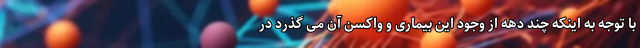
با توجه به اینکه چند دهه از وجود این بیماری و واکسن آن می گذرد در